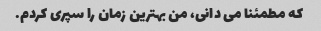
که مطمئنا می دانی، من بهترین زمان را سپری کردم.